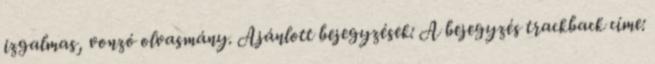
izgalmas, vonzó olvasmány. Ajánlott bejegyzések: A bejegyzés trackback címe: